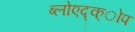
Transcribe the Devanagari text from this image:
ब्लोएद्क्ोप